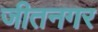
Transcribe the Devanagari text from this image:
जीतनगर